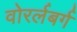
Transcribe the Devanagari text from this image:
वोरर्लबर्ग